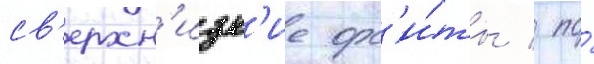
св'ерхн'изк'ие орб'и́ты / по́